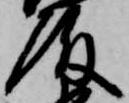
殿